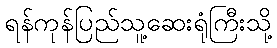
ရန်ကုန်ပြည်သူ့ဆေးရုံကြီးသို့